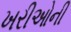
ખરીઓની